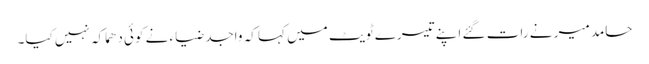
حامد میر نے رات گئے اپنے تیسرے ٹویٹ میں کہا کہ واجد ضیاء نے کوئی دھماکہ نہیں کیا۔